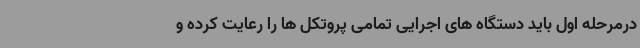
درمرحله اول باید دستگاه های اجرایی تمامی پروتکل ها را رعایت کرده و